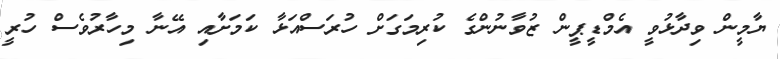
ޔާމީން ވިދާޅުވީ އެމްޑީޕީން ޒުވާނުންގެ ކުރިމަގަށް ހުރަސްއަޅާ ކަަމަށާއި އޭނާ މިހާރުވެސް ހުރީ